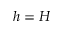
h = H